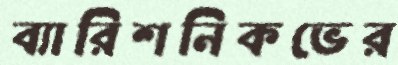
ব্যারিশনিকভের